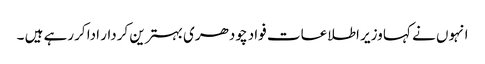
انہوں نے کہا وزیر اطلاعات فواد چودھری بہترین کردار ادا کررہے ہیں ۔